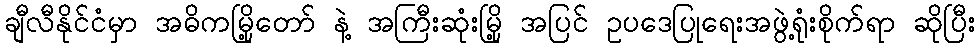
ချီလီနိုင်ငံမှာ အဓိကမြို့တော် နဲ့ အကြီးဆုံးမြို့ အပြင် ဥပဒေပြုရေးအဖွဲ့ရုံးစိုက်ရာ ဆိုပြီး